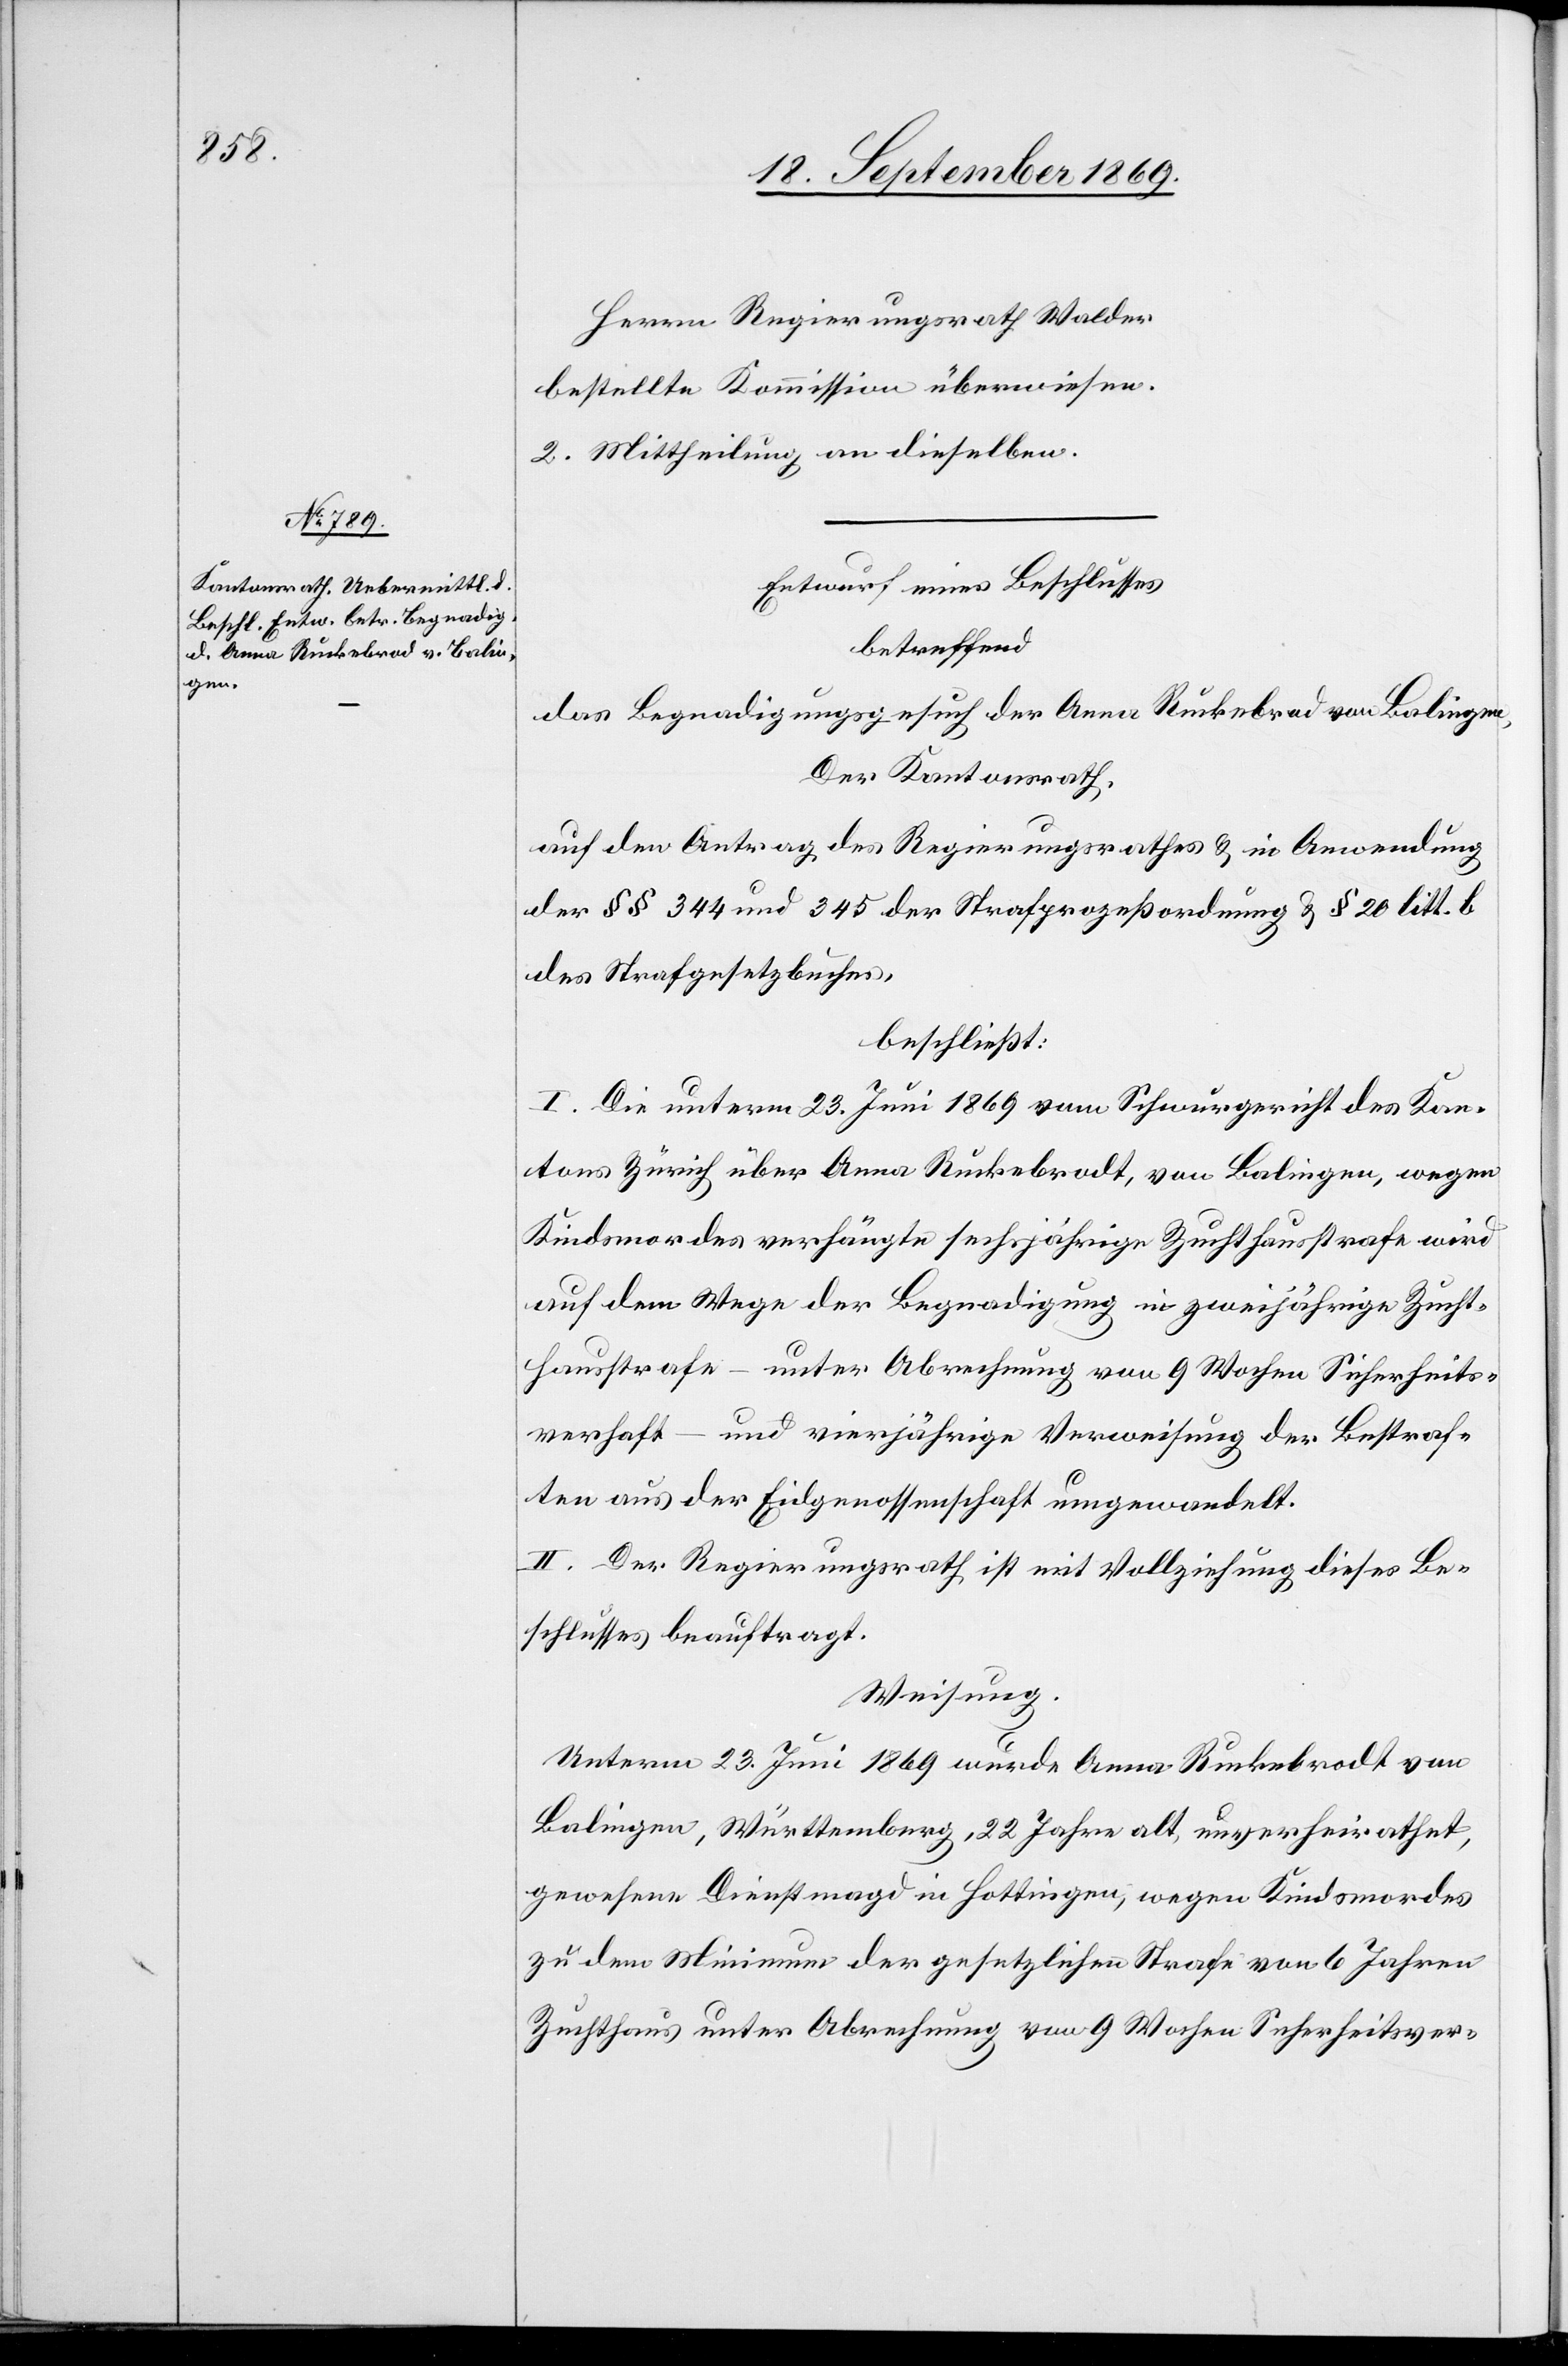
Bestraf¬

Herrn Regierungsrath Walder
bestellte Kommission überwiesen.
2. Mittheilung an dieselben.
Entwurf eines Beschlusses
betreffend
das Begnadigungsgesuch der Anna Ruckebrod von Balingen,
Der Kantonsrath,
auf den Antrag des Regierungsrathes & in Anwendung
der §§ 344 und 345 der Strafprozeßordnung & § 20 litt. b
des Strafgesetzbuches,
beschließt:
I. Die unterm 23. Juni 1869 vom Schwurgericht des Kan¬
tons Zürich über Anna Ruckebrodt [sic!], von Balingen, wegen
Kindsmordes verhängte sechsjährige Zuchthausstrafe wird
auf dem Wege der Begnadigung in zweijährige Zuchth¬
ten aus der Eidgenossenschaft umgewandelt.
II. Der Regierungsrath ist mit Vollziehung dieses Be¬
schlusses beauftragt.
Weisung.
Unterm 23. Juni 1869 wurde Anna Ruckebrodt von
Balingen, Württemberg, 22 Jahre alt, unverheirathet,
gewesene Dienstmagd in Hottingen, wegen Kindsmordes
zu dem Minimum der gesetzlichen Strafe von 6 Jahren
Zuchthaus unter Abrechnung von 9 Wochen Sicherheitsver-